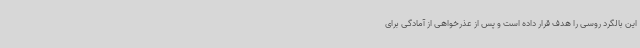
این بالگرد روسی را هدف قرار داده است و پس از عذرخواهی از آمادگی برای